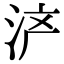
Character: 浐